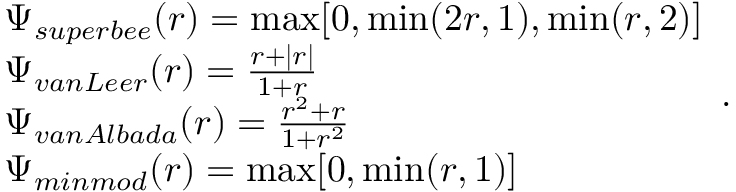
\begin{array} { r l } & { \Psi _ { s u p e r b e e } ( r ) = \operatorname* { m a x } [ 0 , \operatorname* { m i n } ( 2 r , 1 ) , \operatorname* { m i n } ( r , 2 ) ] } \\ & { \Psi _ { v a n L e e r } ( r ) = \frac { r + | r | } { 1 + r } } \\ & { \Psi _ { v a n A l b a d a } ( r ) = \frac { r ^ { 2 } + r } { 1 + r ^ { 2 } } } \\ & { \Psi _ { m i n m o d } ( r ) = \operatorname* { m a x } [ 0 , \operatorname* { m i n } ( r , 1 ) ] } \end{array} .